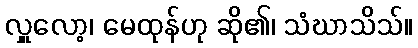
လှူလော့၊ မေထုန်ဟု ဆို၏၊ သံဃာသိသ်။